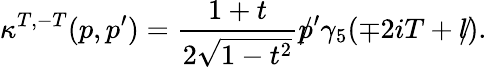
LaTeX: \kappa^{T,-T}(p,p^{\prime})=\frac{1+t}{2\sqrt{1-t^{2}}}\rlap/p^{\prime}\gamma_{5}(\mp 2iT+\rlap/l).